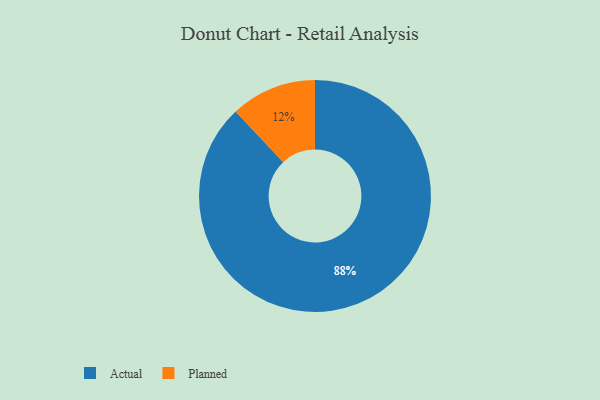
{"axis": {"x": "Category", "y": "Percentage"}, "legend": ["Actual", "Planned"], "data": [{"x": "Planned", "y": 12, "type": "Planned"}, {"x": "Actual", "y": 88, "type": "Actual"}]}